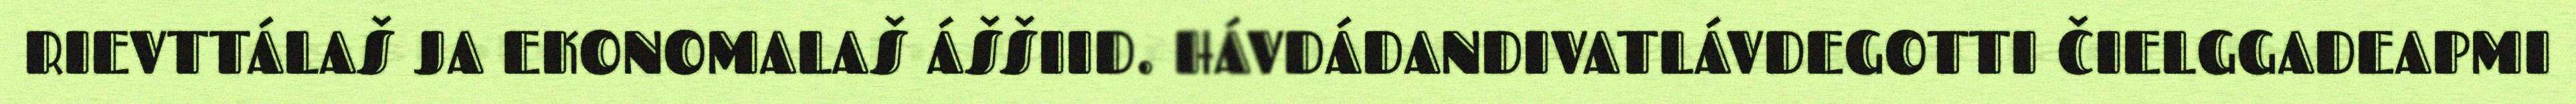
RIEVTTÁLAŠ JA EKONOMALAŠ ÁŠŠIID. HÁVDÁDANDIVATLÁVDEGOTTI ČIELGGADEAPMI